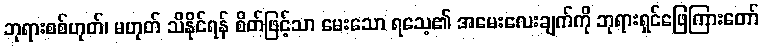
ဘုရားစစ်ဟုတ်၊ မဟုတ် သိနိုင်ရန် စိတ်ဖြင့်သာ မေးသော ရသေ့၏ အမေးလေးချက်ကို ဘုရားရှင်ဖြေကြားတော်